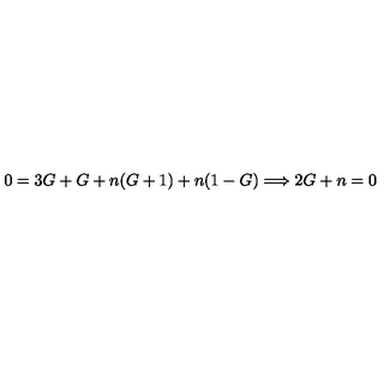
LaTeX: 0 = 3 G + G + n ( G + 1 ) + n ( 1 - G ) \Longrightarrow 2 G + n = 0